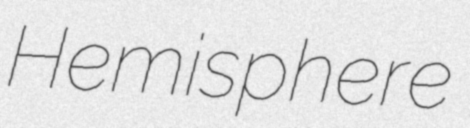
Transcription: Hemisphere